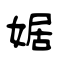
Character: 婮